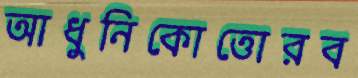
আধুনিকোত্তোরব